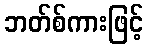
ဘတ်စ်ကားဖြင့်